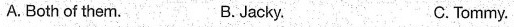
A. Both of then. B.Jacky. C. Tommy.